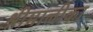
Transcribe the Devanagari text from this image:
श्रीमालीका